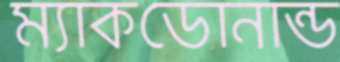
ম্যাকডোনান্ড